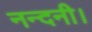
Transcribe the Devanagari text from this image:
नन्दनी।